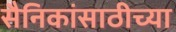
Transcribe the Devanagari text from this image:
सैनिकांसाठीच्या